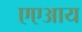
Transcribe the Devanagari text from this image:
एएआय